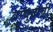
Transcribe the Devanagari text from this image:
वायुद्रावी